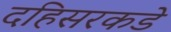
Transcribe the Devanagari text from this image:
दहिसरकडे